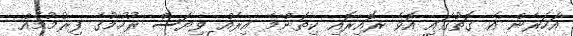
އަހަރެން އެ ގޮތުގައި އޮވެ ރޮއިރޮއި ކިތަންމެ އިރެއް ވިޔަސް ރުހުމުގެ ފިރުމުމެއް